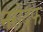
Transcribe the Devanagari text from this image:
नरोदफ